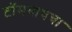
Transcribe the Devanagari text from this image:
टॉमबाघचा